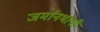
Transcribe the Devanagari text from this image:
जर्मानभाषी